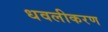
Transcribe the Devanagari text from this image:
धवलीकरण